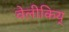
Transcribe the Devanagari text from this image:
वेलीकिय्